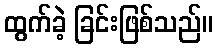
ထွက်ခဲ့ ခြင်းဖြစ်သည်။